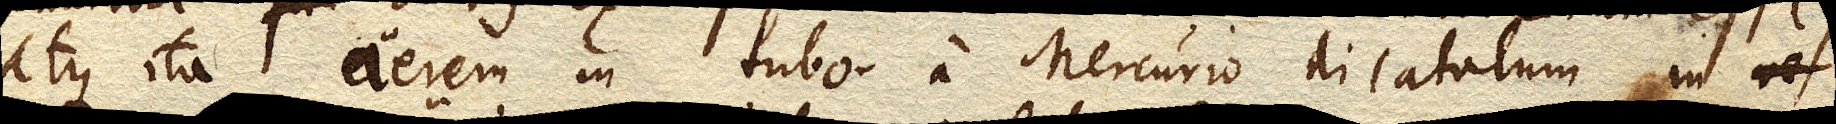
atque ita aerem in tubo a Mercurio dilatatum in